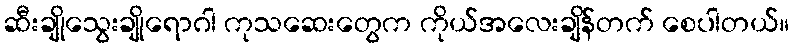
ဆီးချိုသွေးချိုရောဂါ ကုသဆေးတွေက ကိုယ်အလေးချိန်တက် စေပါတယ်။